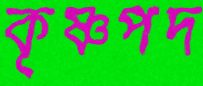
কৃষ্ণপদ